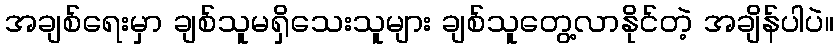
အချစ်ရေးမှာ ချစ်သူမရှိသေးသူများ ချစ်သူတွေ့လာနိုင်တဲ့ အချိန်ပါပဲ။